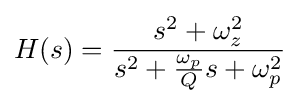
H(s)={\frac {s^{2}+\omega _{z}^{2}}{s^{2}+{\frac {\omega _{p}}{Q}}s+\omega _{p}^{2}}}